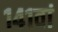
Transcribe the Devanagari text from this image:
१४१वां